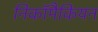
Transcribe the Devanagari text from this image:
निकॉमैकियन